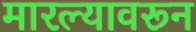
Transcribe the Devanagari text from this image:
मारल्यावरून